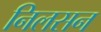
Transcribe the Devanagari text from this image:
निलसन